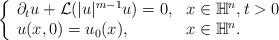
LaTeX: \begin{align*} \left\{ \begin{array}{ll} \partial_t u+ \mathcal{L}(|u|^{m-1}u) = 0, & x\in \mathbb{H}^n, t>0 \\ u(x,0) = u_0(x), & x \in \mathbb{H}^n. \end{array} \right.\end{align*}